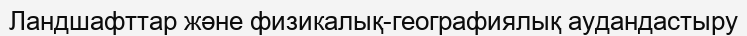
Ландшафттар және физикалық-географиялық аудандастыру